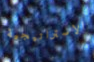
الاستراتيجية